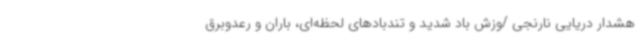
هشدار دریایی نارنجی /وزش باد شدید و تندبادهای لحظه‌ای، باران و رعدوبرق